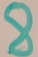
Text: 8